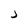
Character: j